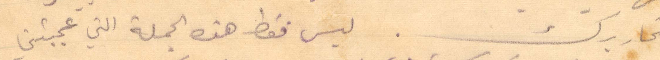
تحاريرك. ليس فقط هذه الجملة التي عجبتني